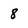
Character: 8